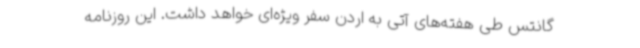
گانتس طی هفته‌های آتی به اردن سفر ویژه‌ای خواهد داشت. این روزنامه